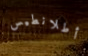
أطلانطيس